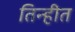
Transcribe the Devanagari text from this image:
तिन्हीत